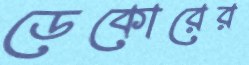
ডেকোরের